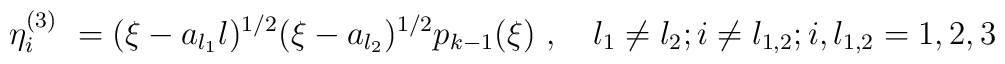
\eta^{(3)}_i \ = (\xi - a_{l_1}l)^{1/2} (\xi - a_{l_2})^{1/2}	p_{k-1}(\xi)\ , \quad l_1 \ne l_2; i \ne l_{1,2}; i,l_{1,2} = 1,2,3